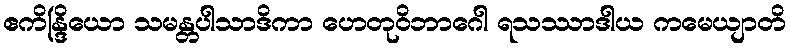
ဧကိန္ဒြိယော သမန္တပါသာဒိကာ ဟေတုဝိဘာဂေါ ရသဿာဒါယ ကမေယျာတိ